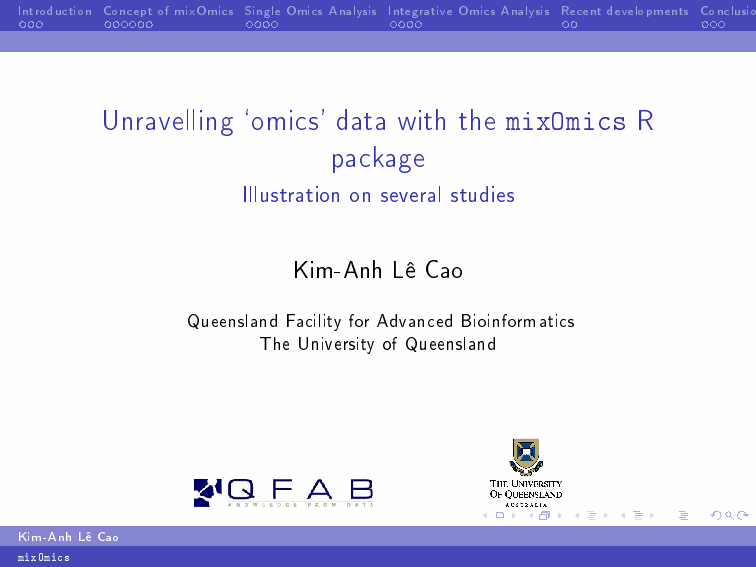
Introduction ConceptofmixOmics SingleOmicsAnalysis IntegrativeOmicsAnalysis Recentdevelopments Conclusions
 Unravelling ‘omics’ data with the mixOmics R
 package
 Illustration on several studies
 Kim-Anh LŒ Cao
 Queensland Facility for Advanced Bioinformatics
 The University of Queensland
 Kim-AnhLŒCao
 mixOmics